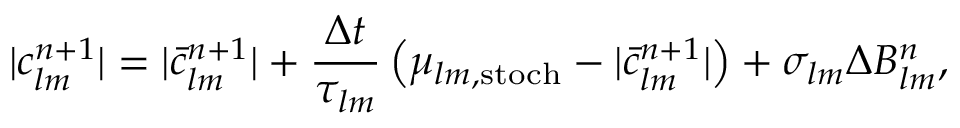
| c _ { l m } ^ { n + 1 } | = | \bar { c } _ { l m } ^ { n + 1 } | + \frac { \Delta t } { \tau _ { l m } } \left( \mu _ { l m , \mathrm { s t o c h } } - | \bar { c } _ { l m } ^ { n + 1 } | \right) + \sigma _ { l m } \Delta B _ { l m } ^ { n } ,